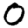
Digit: 0